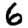
Digit: 6